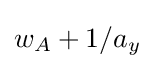
w_{A}+1/a_{y}